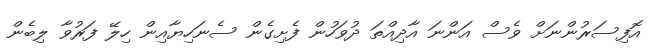
އޮފިސަރުންނަށް ވެސް އަންނަ އާދިއްތަ ދުވަހުން ފެށިގެން ސެނަހިޔާއިން ހިލޭ ފަރުވާ ލިބެން